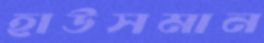
হাউসমান